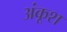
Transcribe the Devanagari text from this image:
अंकूश